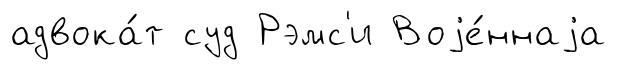
адвока́т суд Рэмс'и Воjе́ннаjа